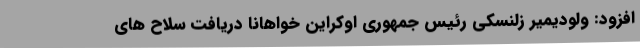
افزود: ولودیمیر زلنسکی رئیس جمهوری اوکراین خواهانا دریافت سلاح های